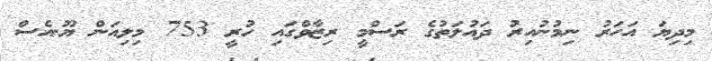
މިދިޔަ އަހަރު ނިމުނުއިރު ދައުލަތުގެ ރަސްމީ ރިޒާވްގައި ހުރީ 753 މިލިއަން ޔޫ.އެސް